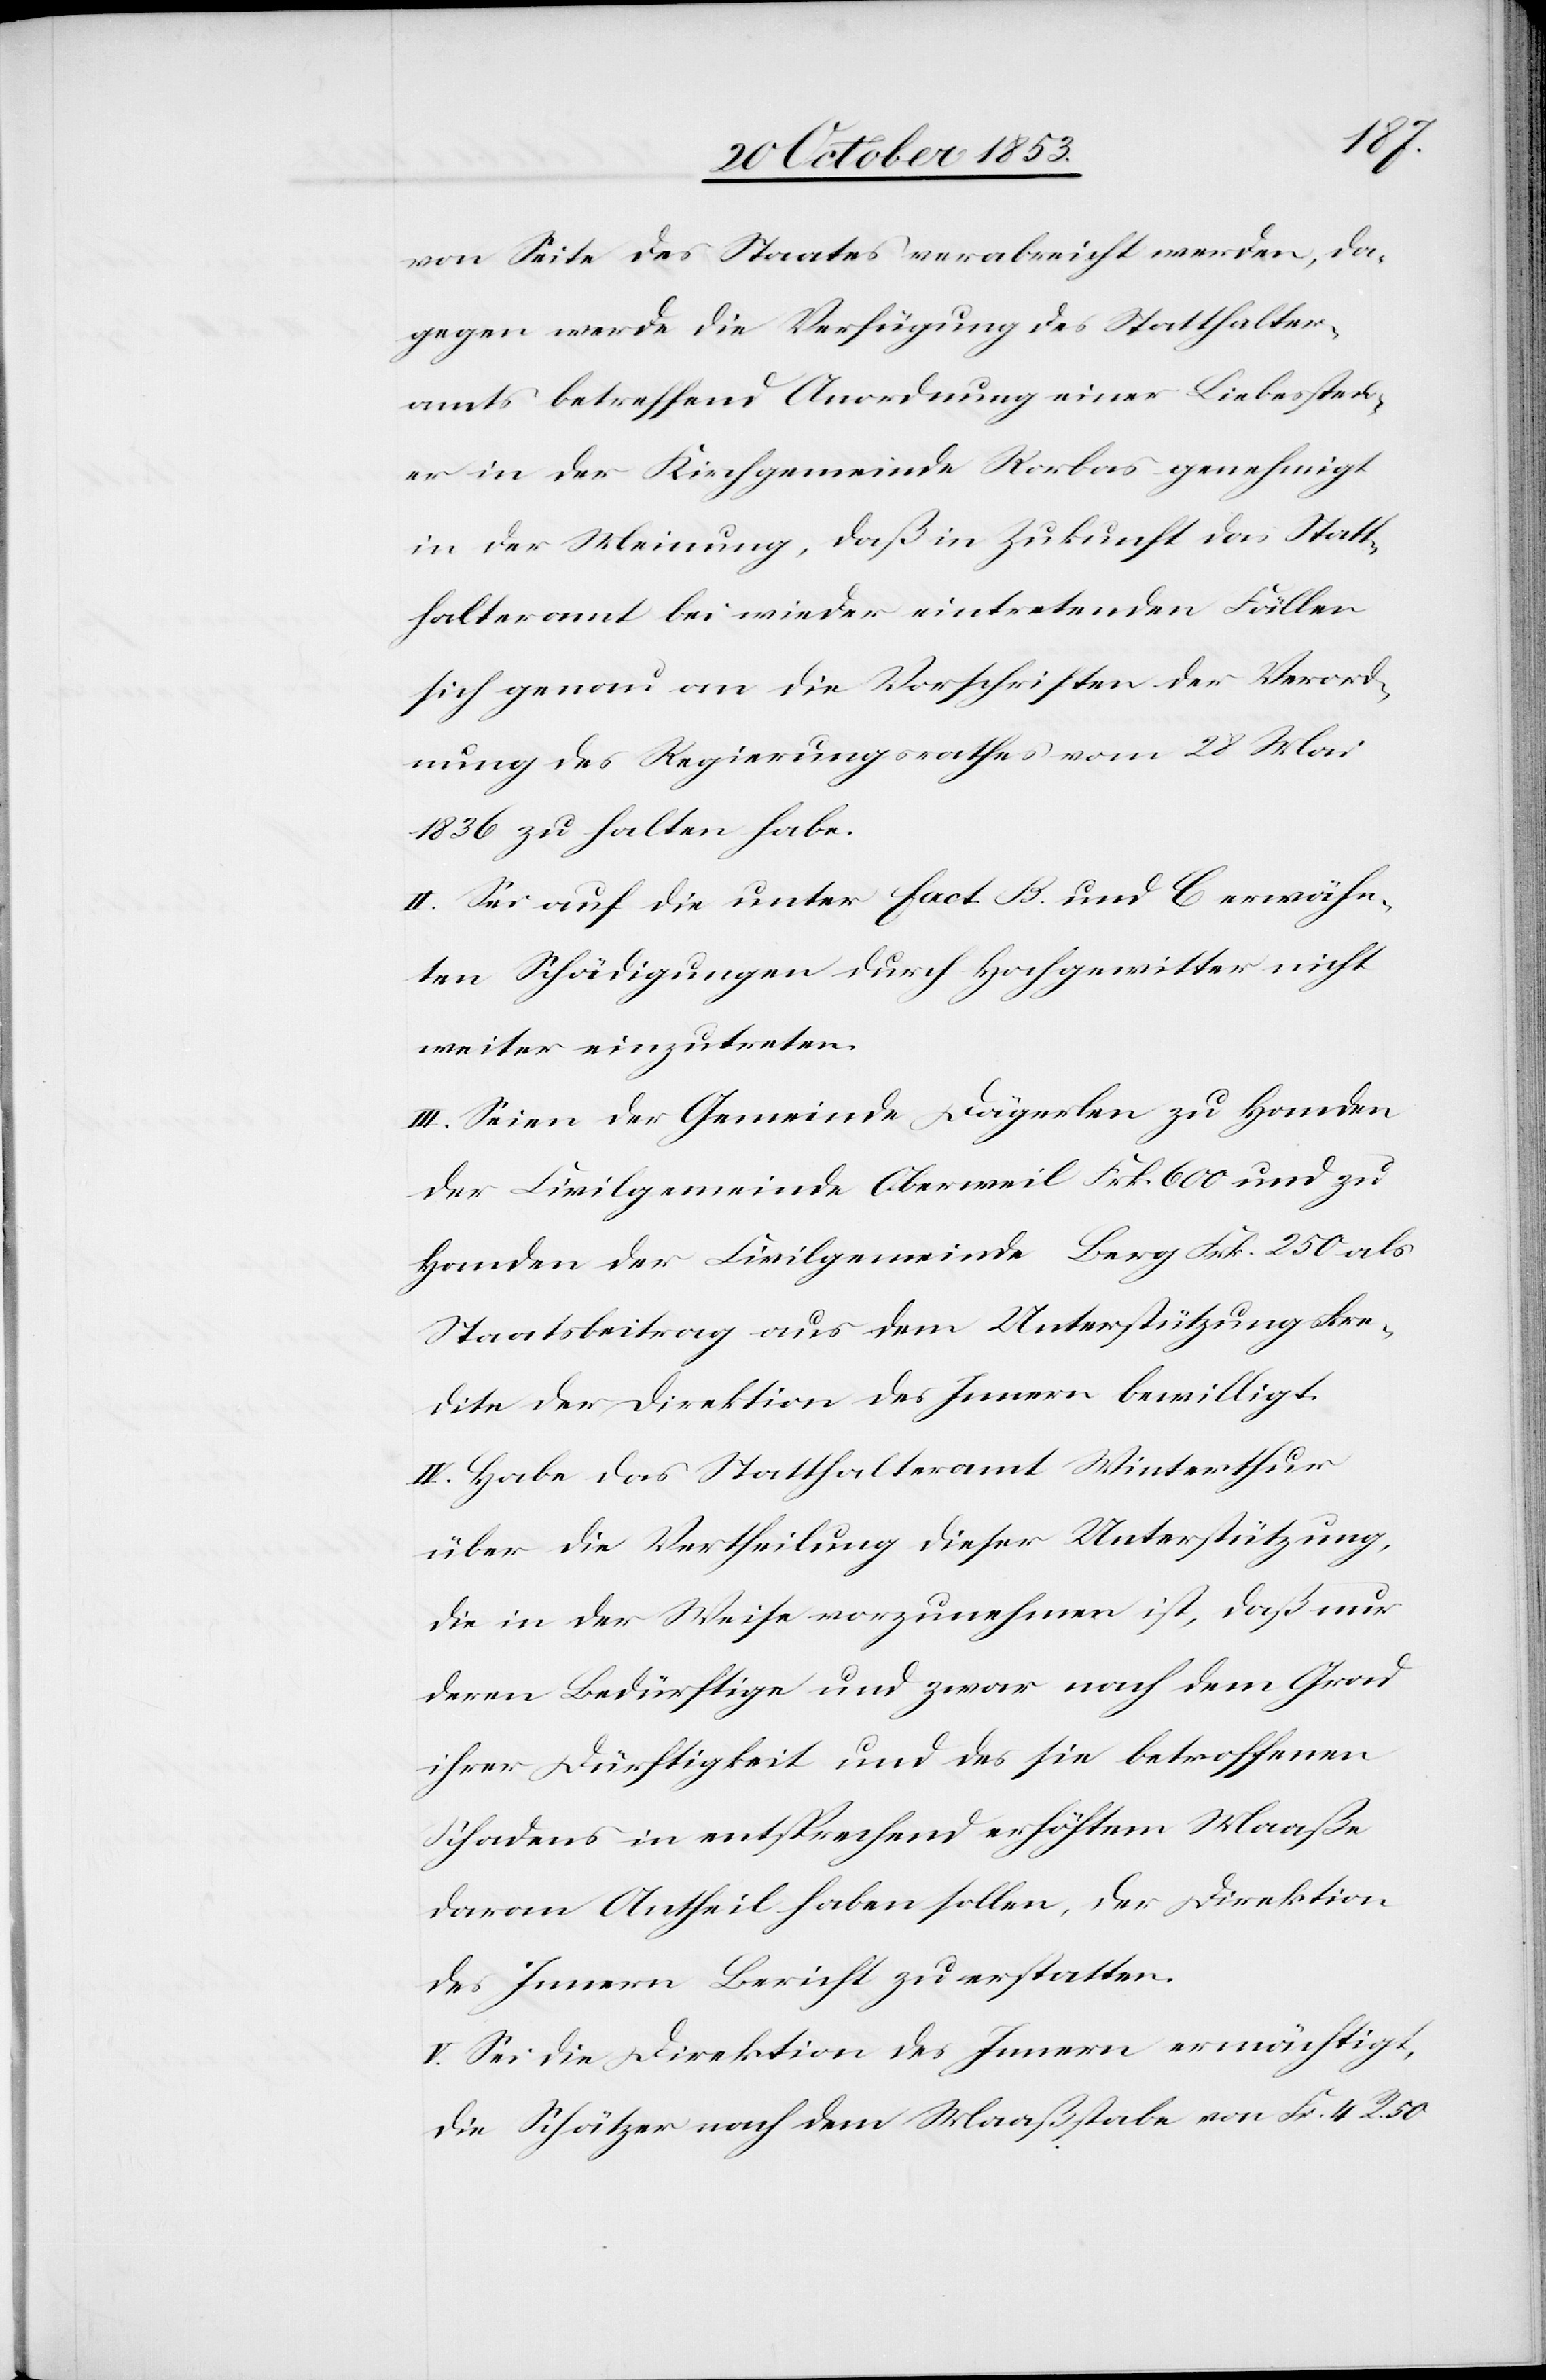
von Seite des Staates verabreicht werden, da¬
gegen werde die Verfügung des Statthalter¬
amts betreffend Anordnung einer Liebessteu¬
er in der Kirchgemeinde Rorbas genehmigt
in der Meinung, daß in Zukunft das Statt¬
halteramt bei wieder eintretenden Fällen
sich genau an die Vorschriften der Verord¬
nung des Regierungsrathes vom 28 Mai
1836 zu halten habe.
II. Sei auf die unter fact. B. und C erwähn¬
ten Schädigungen durch Hochgewitter nicht
weiter einzutreten.
III. Seien der Gemeinde Dägerlen zu Handen
Staatsbeitrag aus dem Unterstützungskre¬
dite der Direktion des Innern bewilligt.
IV. Habe das Statthalteramt Winterthur
über die Vertheilung dieser Unterstützung,
die in der Weise vorzunehmen ist, daß nur
deren Bedürftige und zwar nach dem Grad
ihrer Dürftigkeit und des sie betroffenen
Schadens in entsprechend erhöhtem Maaße
daran Antheil haben sollen, der Direktion
des Innern Bericht zu erstatten.
V. Sei die Direktion des Innern ermächtigt,
die Schätzer nach dem Maaßstabe von Fr. 4. R. 50